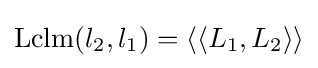
\operatorname {Lclm} (l_{2},l_{1})={\langle \langle }L_{1},L_{2}{\rangle \rangle }